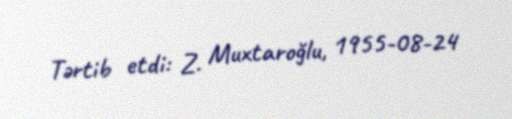
Tərtib etdi: Z. Muxtaroğlu, 1955-08-24